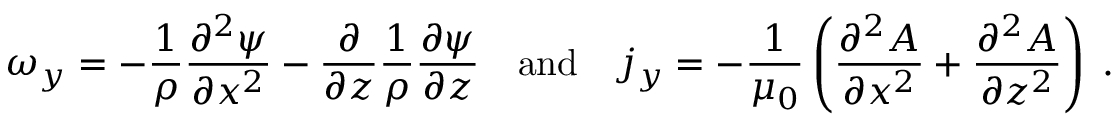
\omega _ { y } = - \frac { 1 } { \rho } \frac { \partial ^ { 2 } \psi } { \partial x ^ { 2 } } - \frac { \partial } { \partial z } \frac { 1 } { \rho } \frac { \partial \psi } { \partial z } \quad \mathrm { a n d } \quad j _ { y } = - \frac { 1 } { \mu _ { 0 } } \left( \frac { \partial ^ { 2 } A } { \partial x ^ { 2 } } + \frac { \partial ^ { 2 } A } { \partial z ^ { 2 } } \right) \; .